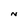
Character: N